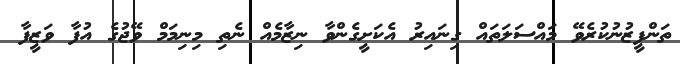
ތަންފީޒުނުކުރެވޭ މައްސަލަތައް ގިނައިރު އެކަށީގެންވާ ނިޒާމެއް ނެތި މިނިމަމް ވޭޖުގެ އުފާ ވަޒީފާ